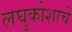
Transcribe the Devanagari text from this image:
लघुकोशाचे